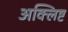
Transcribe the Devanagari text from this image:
अक्लिष्ट